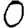
Digit: 0